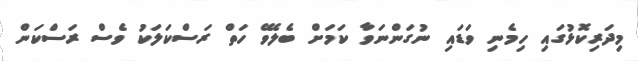
މިދަރިކޮޅުގައި ހިމެނި ވަޑައި ނުގަންނަވާ ކަމަށް ބެލެވޭ ހަތް ރަސްކަލަކު ވެސް ރަސްކަން